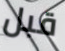
قبل